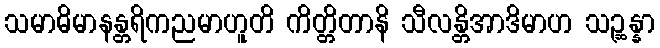
သမာဓိမာနန္တရိကညမာဟူတိ ကိတ္တိတာနိ သီလန္တိအာဒိမာဟ သဉ္ဆန္နာ